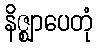
နိဇ္ဈာပေတုံ